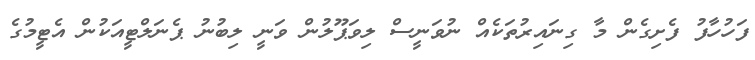
ފަހުހާފު ފެށިގެން މާ ގިނައިރުތަކެއް ނުވަނީސް ލިވަޕޫލުން ވަނީ ލިބުނު ޕެނަލްޓީއަކުން އެޓީމުގެ